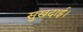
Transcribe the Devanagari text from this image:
सुखदाई।